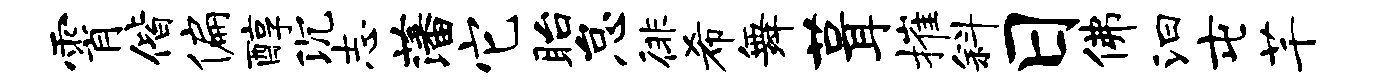
霄偕偏醇沉志藩它眙怠徘希舞葺摧斜日佛汩屯芊